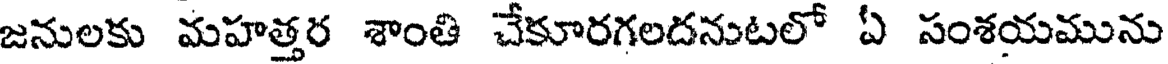
జనులకు మహత్తర శాంతి చేకూరగలదనుటలో ఏ సంశయమును